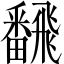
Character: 飜